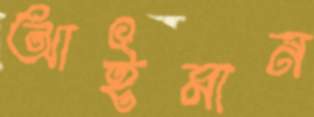
আইমান